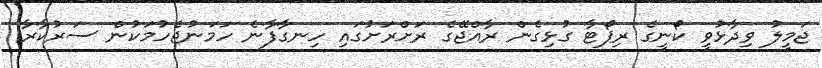
ޖަމީލު ވިދާޅުވީ ކޯނީގެ ރިޕޯޓާ ގުޅިގެން ރާއްޖޭގެ ރަށްރަށުގައި ހިނގާފާނެ ހަމަނުޖެހުމަކުން ސަރުކާރާ